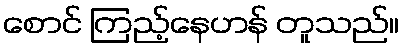
စောင် ကြည့်နေဟန် တူသည်။